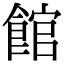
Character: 館